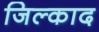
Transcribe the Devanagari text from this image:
जिल्काद